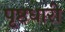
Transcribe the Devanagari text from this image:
पृष्ठधारी